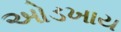
ઓડખાય